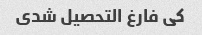
کی فارغ التحصیل شدی